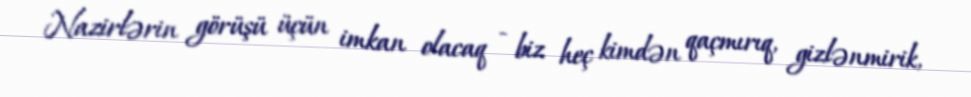
Nazirlərin görüşü üçün imkan olacaq - biz heç kimdən qaçmırıq, gizlənmirik,